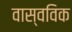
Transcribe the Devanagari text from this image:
वास्वविक